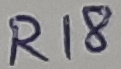
Text: R18